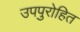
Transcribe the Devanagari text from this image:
उपपुरोहित